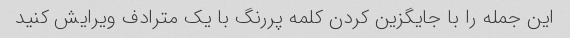
این جمله را با جایگزین کردن کلمه پررنگ با یک مترادف ویرایش کنید